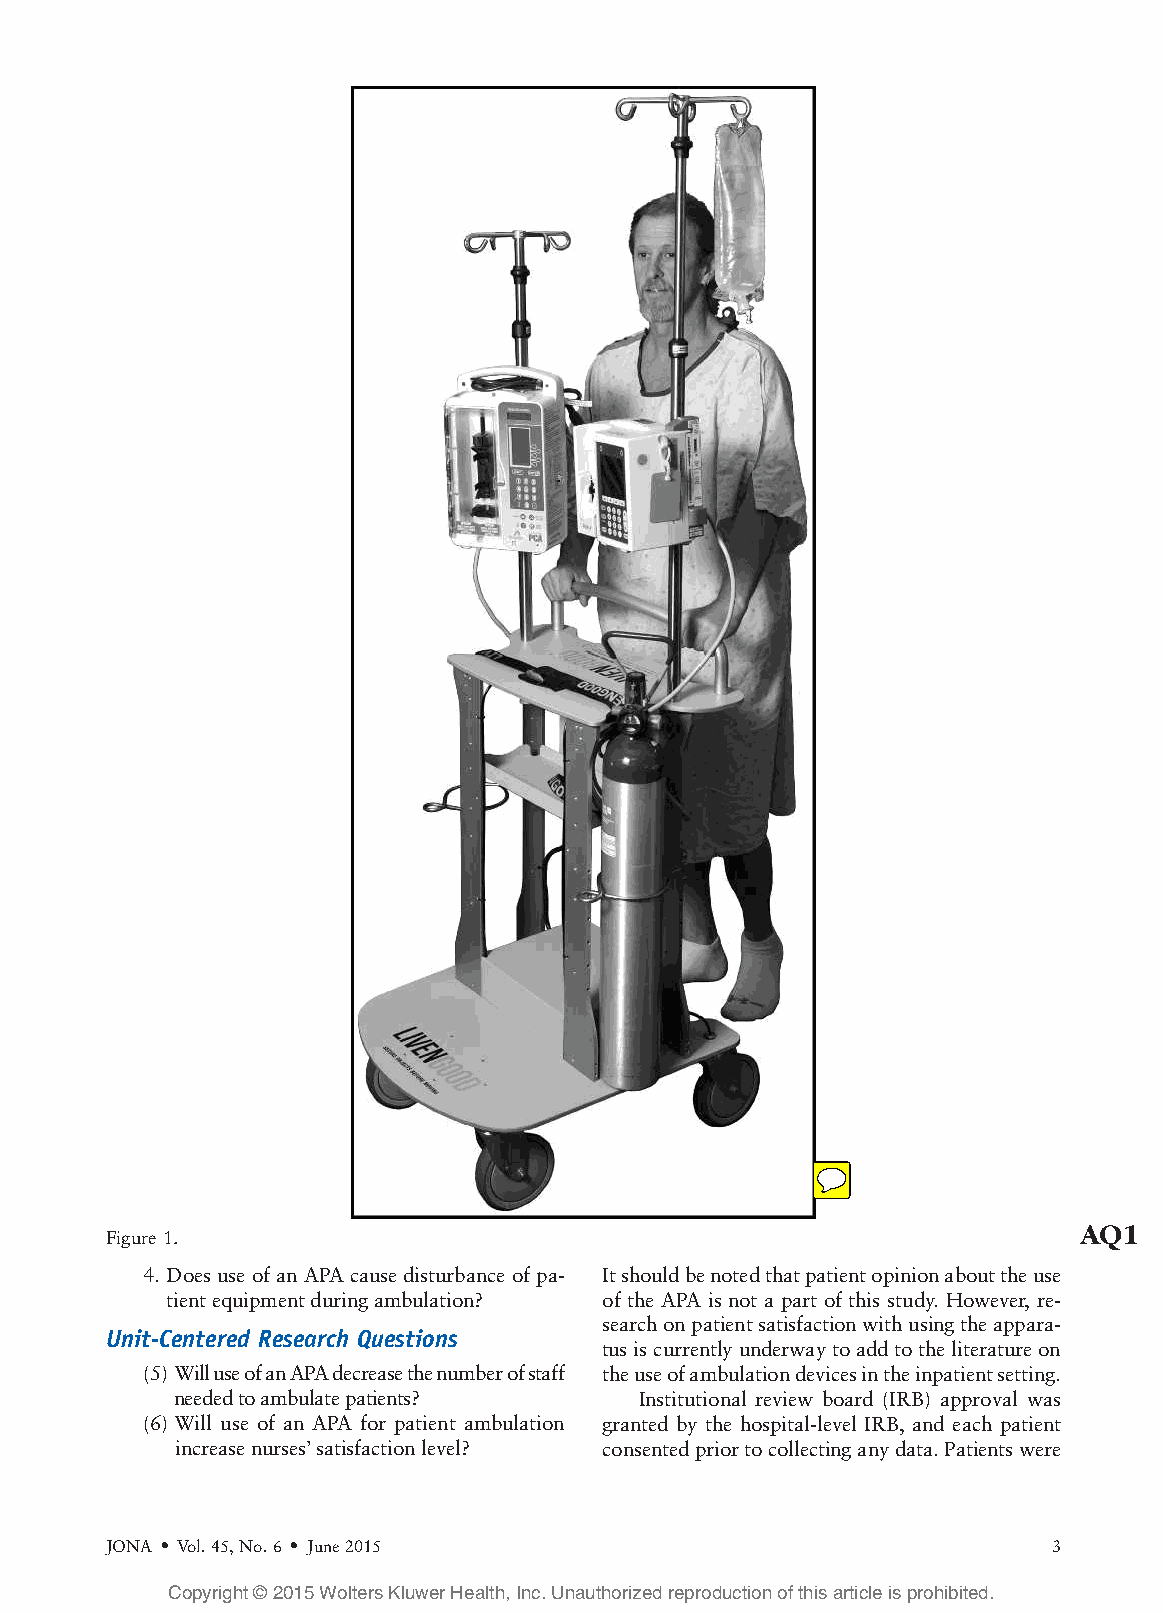
AQ1
 Figure1.
 4.DoesuseofanAPAcausedisturbanceofpa- Itshouldbenotedthatpatientopinionabouttheuse
 tientequipmentduringambulation? of the APA is not a part of this study. However, re-
 searchonpatientsatisfactionwithusingtheappara-
 Unit-Centered Research Questions
 tusiscurrentlyunderwaytoaddtotheliteratureon
 (5)WilluseofanAPAdecreasethenumberofstaff theuseofambulationdevicesintheinpatientsetting.
 neededtoambulatepatients?      Institutional review board (IRB) approval was
 (6) Will use of an APA for patient ambulation granted by the hospital-level IRB, and each patient
 increasenurses’satisfactionlevel? consentedpriortocollectinganydata.Patientswere
 JONA Vol.45,No.6 June2015                                      3
 !       !
 Copyright © 2015 Wolters Kluwer Health, Inc. Unauthorized reproduction of this article is prohibited.